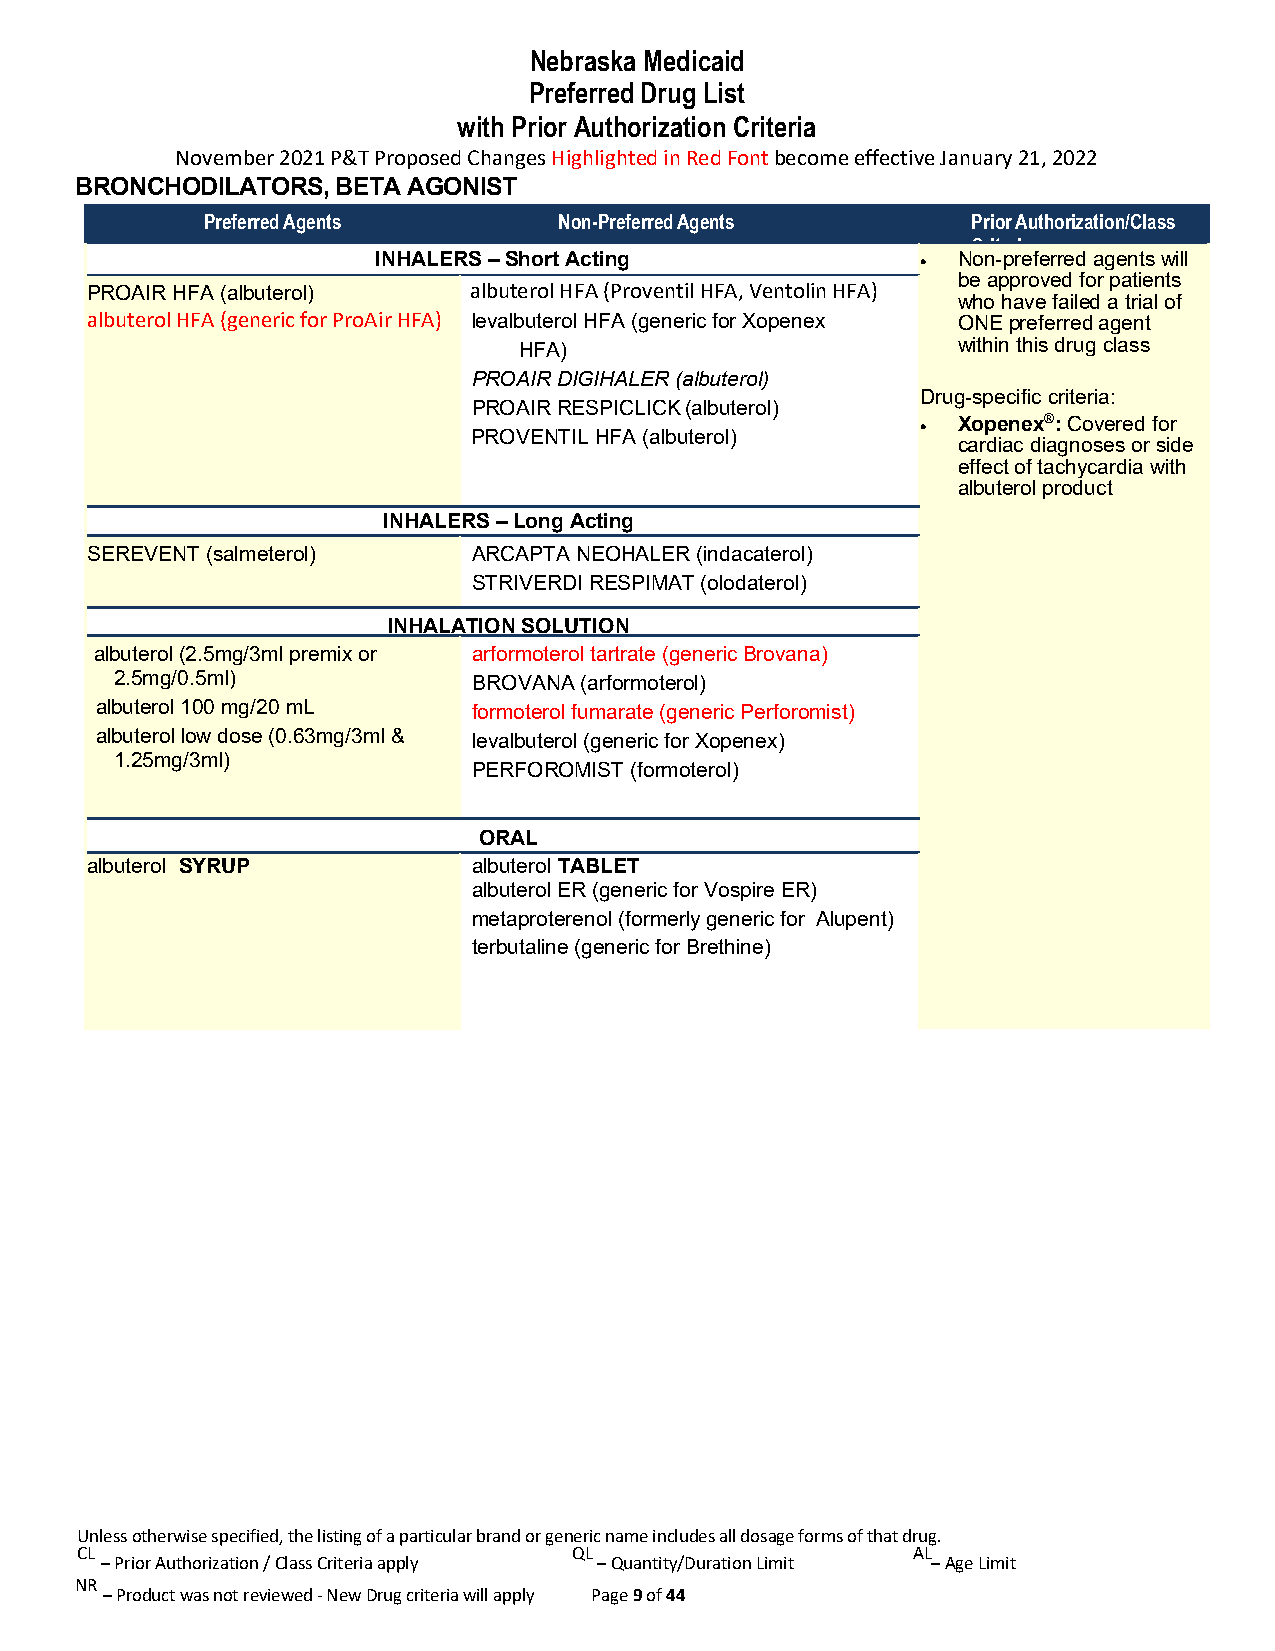
Nebraska Medicaid
 Preferred Drug List
 with Prior Authorization Criteria
 November 2021 P&T Proposed Changes Highlighted in Red Font become effective January 21, 2022
 BRONCHODILATORS, BETA AGONIST
 Preferred Agents        Non-Preferred Agents       Prior Authorization/Class
 Criteria
 INHALERS – Short Acting             • Non-preferred agents will
 be approved for patients
 PROAIR HFA (albuterol)   albuterol HFA (Proventil HFA, Ventolin HFA)
 who have failed a trial of
 albuterol HFA (generic for ProAir HFA) levalbuterol HFA (generic for Xopenex ONE preferred agent
 HFA)                         within this drug class
 PROAIR DIGIHALER (albuterol)
 Drug-specific criteria:
 PROAIR RESPICLICK (albuterol)
 • Xopenex®: Covered for
 PROVENTIL HFA (albuterol)
 cardiac diagnoses or side
 effect of tachycardia with
 albuterol product
 INHALERS – Long Acting
 SEREVENT (salmeterol)    ARCAPTA NEOHALER (indacaterol)
 STRIVERDI RESPIMAT (olodaterol)
 INHALATION SOLUTION
 albuterol (2.5mg/3ml premix or arformoterol tartrate (generic Brovana)
 2.5mg/0.5ml)           BROVANA (arformoterol)
 albuterol 100 mg/20 mL   formoterol fumarate (generic Perforomist)
 albuterol low dose (0.63mg/3ml & levalbuterol (generic for Xopenex)
 1.25mg/3ml)
 PERFOROMIST (formoterol)
 O RAL
 albuterol SYRUP          albuterol TABLET
 albuterol ER (generic for Vospire ER)
 metaproterenol (formerly generic for Alupent)
 terbutaline (generic for Brethine)
 Unless otherwise specified, the listing of a particular brand or generic name includes all dosage forms of that drug.
 CL                               QL                    AL
 – Prior Authorization / Class Criteria apply – Quantity/Duration Limit – Age Limit
 NR
 – Product was not reviewed - New Drug criteria will apply Page 9 of 44